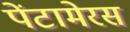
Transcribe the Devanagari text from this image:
पेंटामेरस